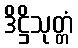
ဒိဋ္ဌိသုတ္တံ